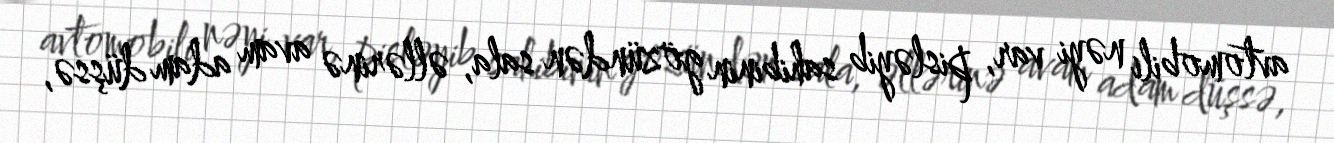
avtomobili nəyi var, pisləyib sahibinin gözündən sala, əllərinə avam adam düşsə,